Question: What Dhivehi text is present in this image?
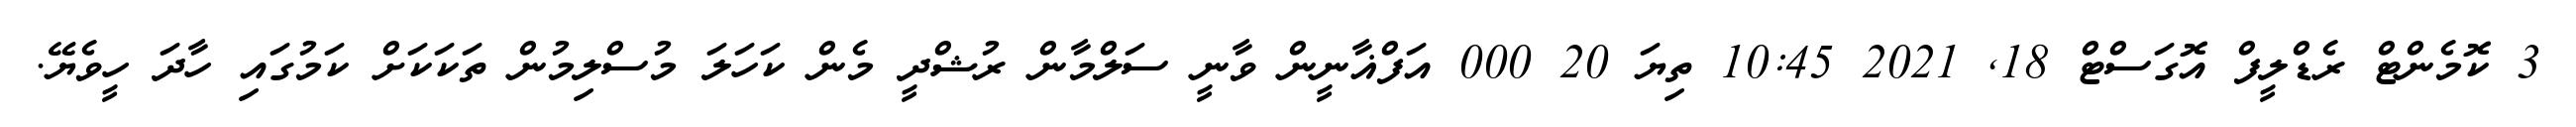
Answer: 3 ކޮމެންޓް ރެޑްލީފް އޮގަސްޓް 18, 2021 10:45 ތިޔަ 20 000 އަފްޣާނީން ވާނީ ސަލްމާން ރުޝްދީ މެން ކަހަލަ މުސްލިމުން ތަކަކަށް ކަމުގައި ހާދަ ހީވެޔޭ.